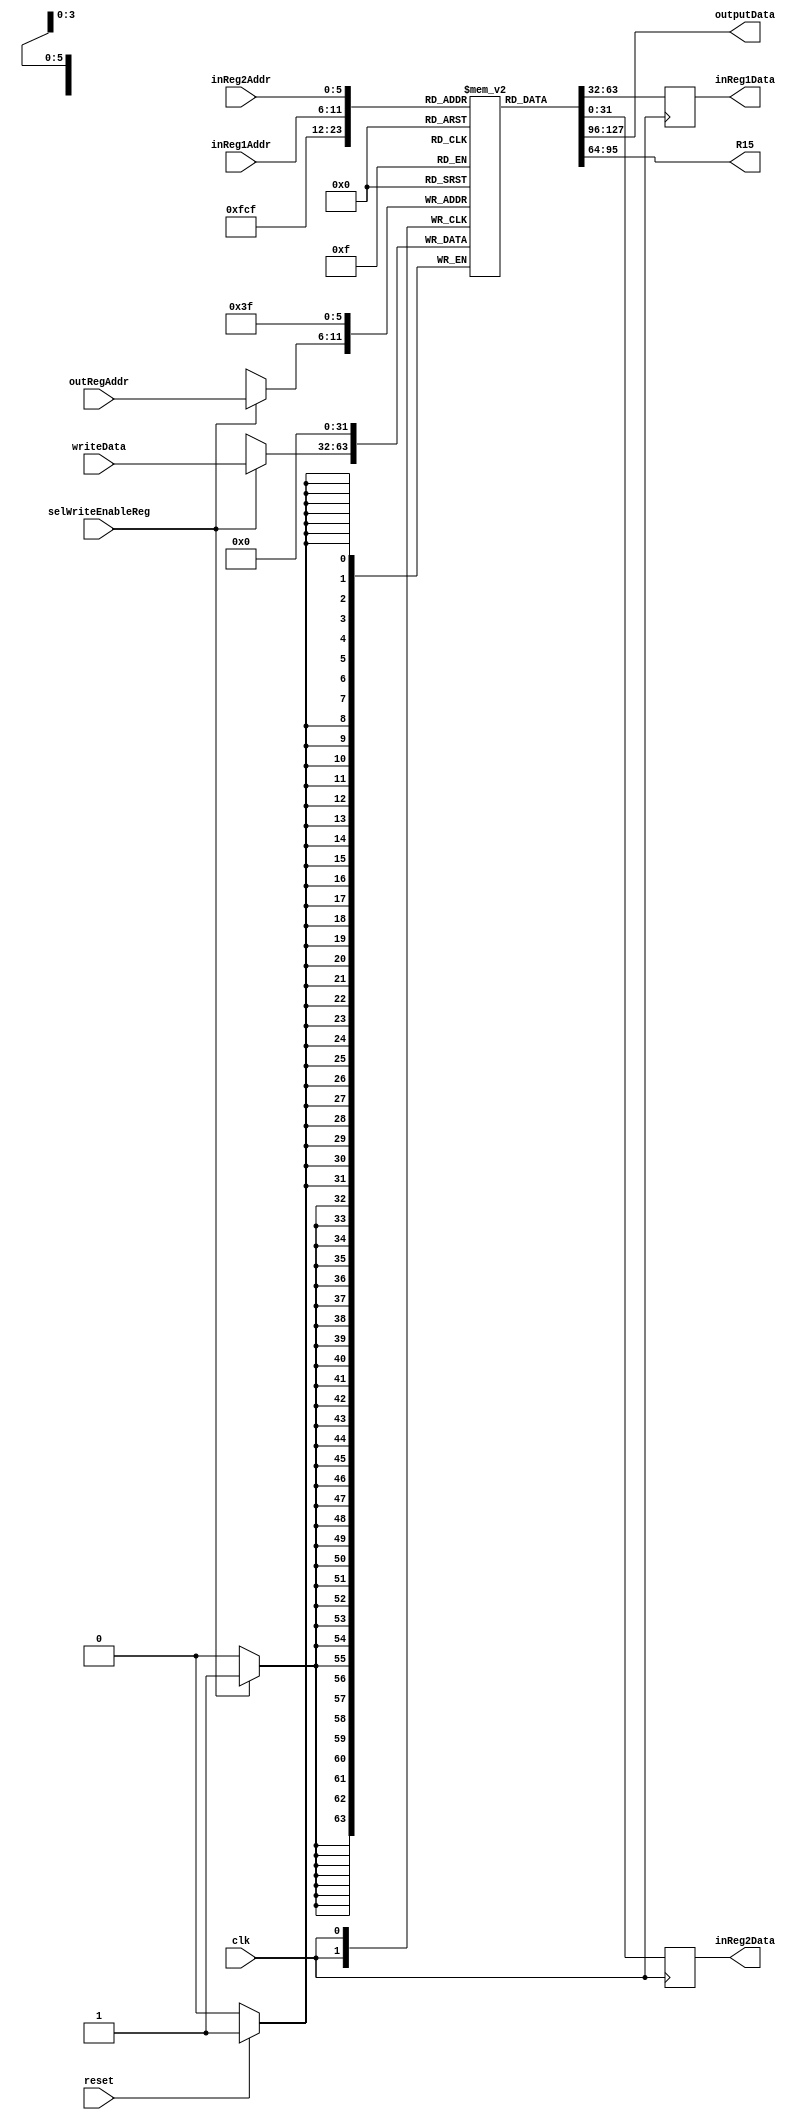
module regFile (
	input wire  [5:0]  inReg1Addr, inReg2Addr, outRegAddr,
	input wire  [31:0] writeData,
	input wire 			 selWriteEnableReg, clk, reset,
	output wire [31:0] inReg1Data, inReg2Data, outputData,
	output wire [31:0] R15
);

parameter REGULAR = 2'b00;
parameter MULT = 2'b01;
parameter DIV = 2'b10;

parameter LS = 61;
parameter QUO = 62;
parameter OUT = 63;

reg [31:0] registers[63:0];

reg [31:0] auxInReg1Data, auxInReg2Data;
assign inReg1Data = auxInReg1Data;
assign inReg2Data = auxInReg2Data;

assign outputData = registers[OUT];

assign R15 = registers[15];

always @ (posedge clk) begin
	auxInReg1Data = registers[inReg1Addr];
	auxInReg2Data <= registers[inReg2Addr];
end

always @ (negedge clk) begin	
	if (reset) registers[OUT] = 31'b0;
	if (selWriteEnableReg) registers[outRegAddr] = writeData;
end

endmodule